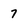
Character: 7